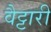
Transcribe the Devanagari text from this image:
वैट्टारी